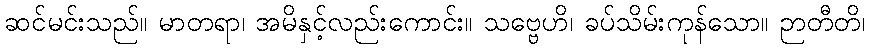
ဆင်မင်းသည်။ မာတရာ၊ အမိနှင့်လည်းကောင်း။ သဗ္ဗေဟိ၊ ခပ်သိမ်းကုန်သော။ ဉာတီတိ၊